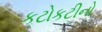
કટોકટીનો